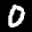
Label: 0